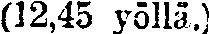
(12,45 yöllä.)